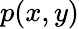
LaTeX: p(x,y)